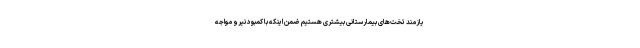
یازمند تخت‌های بیمارستانی بیشتری هستیم ضمن اینکه با کمبود نیرو مواجه